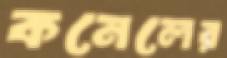
কনেলের